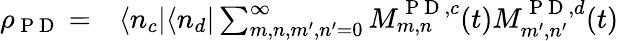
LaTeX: \begin{array}{rl}{\rho_{\mathrm{~P~D~}}=}&{{}\langle n_{c}|\langle n_{d}|\sum_{m,n,m^{\prime},n^{\prime}=0}^{\infty}M_{m,n}^{\mathrm{~P~D~},c}(t)M_{m^{\prime},n^{\prime}}^{\mathrm{~P~D~},d}(t)}\end{array}